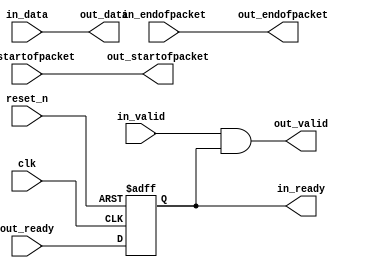
// --------------------------------------------------------------------------------
//| Avalon Streaming Timing Adapter
// --------------------------------------------------------------------------------
// altera message_level level1

`timescale 1ns / 100ps
module lcd_ta_formatter_to_fifo (
    
      // Interface: clk
      input              clk,
      // Interface: reset
      input              reset_n,
      // Interface: in
      output reg         in_ready,
      input              in_valid,
      input      [ 7: 0] in_data,
      input              in_startofpacket,
      input              in_endofpacket,
      // Interface: out
      input              out_ready,
      output reg         out_valid,
      output reg [ 7: 0] out_data,
      output reg         out_startofpacket,
      output reg         out_endofpacket
);




   // ---------------------------------------------------------------------
   //| Signal Declarations
   // ---------------------------------------------------------------------

   reg  [ 9: 0] in_payload;
   reg  [ 9: 0] out_payload;
   reg  [ 1: 0] ready;


   // ---------------------------------------------------------------------
   //| Payload Mapping
   // ---------------------------------------------------------------------
   always @* begin
     in_payload = {in_data,in_startofpacket,in_endofpacket};
     {out_data,out_startofpacket,out_endofpacket} = out_payload;
   end

   // ---------------------------------------------------------------------
   //| Ready & valid signals.
   // ---------------------------------------------------------------------
   always @* begin
     ready[1] = out_ready;
     out_valid = in_valid && ready[0];
     out_payload = in_payload;
     in_ready = ready[0];
   end


   always @(posedge clk or negedge reset_n) begin
      if (!reset_n) begin
        ready[1-1:0] <= 0;
      end else begin
        ready[1-1:0] <= ready[1:1];
      end 
   end


endmodule